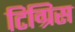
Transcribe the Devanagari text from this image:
टिग्रिस